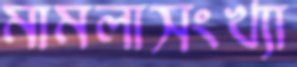
মামলাসংখ্যা